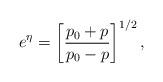
LaTeX: \begin{align*}e^{\eta} = \left[\frac{p_0 + p}{p_0 - p}\right]^{1/2} ,\end{align*}